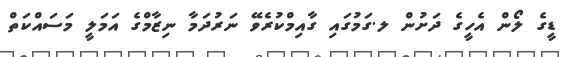
ޑީގެ ލޯން އެހީގެ ދަށުން ލ.ގަމުގައި ގާއިމްކުރެވޭ ނަރުދަމާ ނިޒާމްގެ އަމަލީ މަސައްކަތް